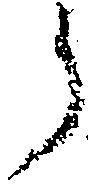
う